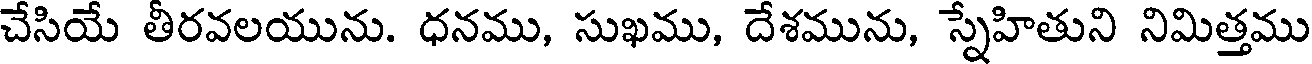
చేసియే తీరవలయును. ధనము, సుఖము, దేశమును, స్నేహితుని నిమిత్తము